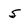
Character: 5